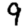
Digit: 9